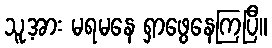
သူ့အား မရမနေ ရှာဖွေနေကြပြီ။